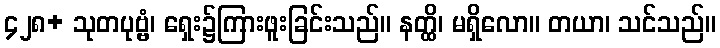
၄၂၈+ သုတပုဗ္ဗံ၊ ရှေး၌ကြားဖူးခြင်းသည်။ နတ္ထိ၊ မရှိလော။ တယာ၊ သင်သည်။